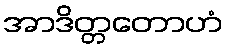
အာဒိတ္တတောဟံ